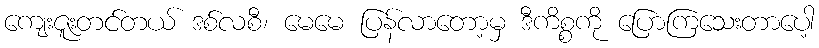
ကျေးဇူးတင်တယ် ဒစ်လစီ၊ မေမေ ပြန်လာတော့မှ ဒီကိစ္စကို ပြောကြသေးတာပေါ့